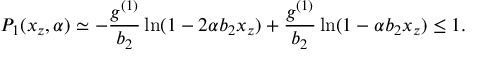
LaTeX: P _ { 1 } ( x _ { z } , \alpha ) \simeq - { \frac { g ^ { ( 1 ) } } { b _ { 2 } } } \ln ( 1 - 2 \alpha b _ { 2 } x _ { z } ) + { \frac { g ^ { ( 1 ) } } { b _ { 2 } } } \ln ( 1 - \alpha b _ { 2 } x _ { z } ) \le 1 .